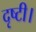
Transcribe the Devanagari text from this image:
दृष्टी।